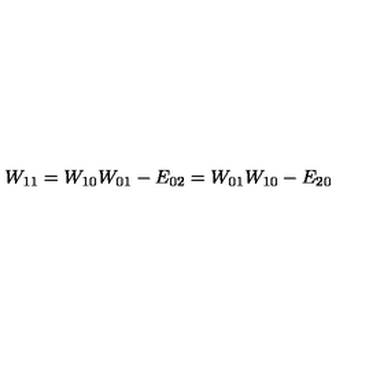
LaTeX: W _ { 1 1 } = W _ { 1 0 } W _ { 0 1 } - E _ { 0 2 } = W _ { 0 1 } W _ { 1 0 } - E _ { 2 0 }